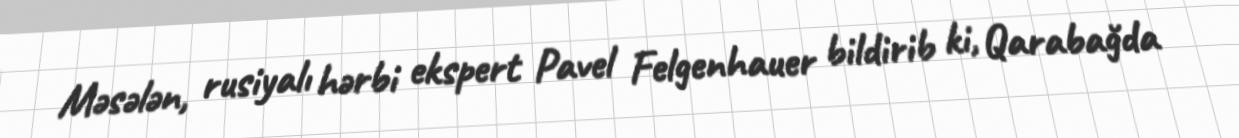
Məsələn, rusiyalı hərbi ekspert Pavel Felgenhauer bildirib ki, Qarabağda